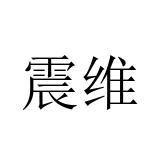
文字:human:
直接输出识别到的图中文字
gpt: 震维